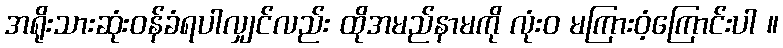
အရိုးသားဆုံးဝန်ခံရပါလျှင်လည်း ထိုအမည်နာမကို လုံးဝ မကြားဝံ့ကြောင်းပါ ။